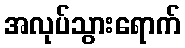
အလုပ်သွားရောက်